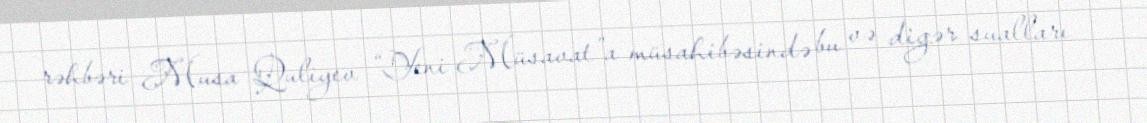
rəhbəri Musa Quliyev “Yeni Müsavat”a müsahibəsində bu və digər sualları